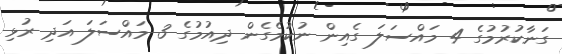
ގަނާކުރުމުގެ 4 މައްސަލަ ގެއިން ނުކުމެގެން ދިއުމުގެ 3 މައްސަލަ އަދި ރުޅި